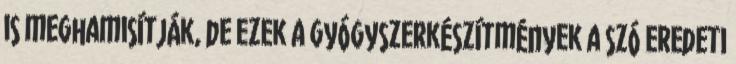
is meghamisítják, de ezek a gyógyszerkészítmények a szó eredeti